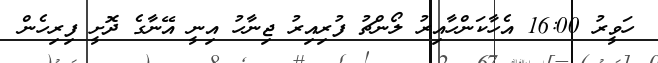
ހަވީރު 16:00 އެހާކަންހާއިރު ލޯންޗު ފުރިއިރު ޖިނާހު އިނީ އޭނާގެ ދޮށީ ފިރިހެން